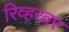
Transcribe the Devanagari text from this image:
रिव्हरवर